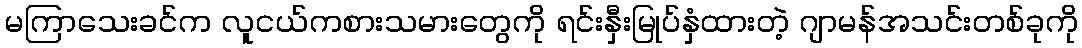
မကြာသေးခင်က လူငယ်ကစားသမားတွေကို ရင်းနှီးမြုပ်နှံထားတဲ့ ဂျာမန်အသင်းတစ်ခုကို